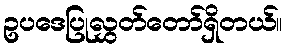
ဥပဒေပြုလွှတ်တော်ရှိတယ်။